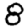
Digit: 8